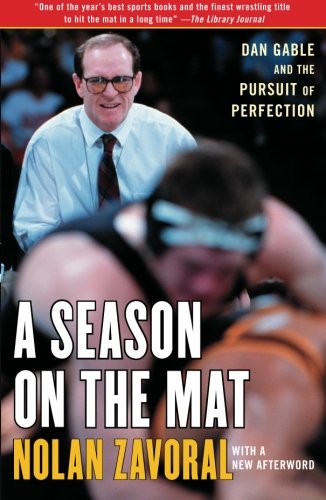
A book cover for A Season on the Mat: Dan Gable and the Pursuit of Perfection; Nolan Zavoral; Sports & Outdoors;